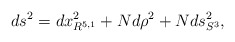
\begin{align*}ds^2 = dx_{R^{5,1}}^2 + N d\rho^2 + N ds^2_{S^3},\end{align*}